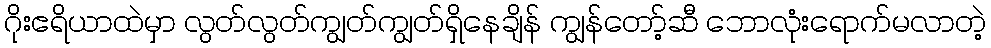
ဂိုးဧရိယာထဲမှာ လွတ်လွတ်ကျွတ်ကျွတ်ရှိနေချိန် ကျွန်တော့်ဆီ ဘောလုံးရောက်မလာတဲ့